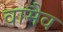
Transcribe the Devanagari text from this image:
वामैव